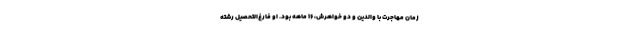
زمان مهاجرت با والدین و دو خواهرش، 16 ماهه بود. او فارغ‌التحصیل رشته